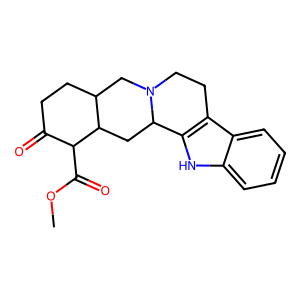
SMILES: COC(=O)C1C(=O)CCC2CN3CCc4c([nH]c5ccccc45)C3CC21
Inhibits HIV replication: No